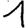
Digit: 1